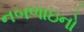
નબળાઇનો